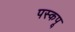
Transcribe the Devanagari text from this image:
पस्कपू